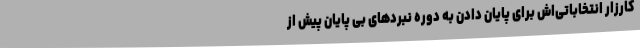
کارزار انتخاباتی‌اش برای پایان دادن به دوره نبردهای بی پایان پیش از